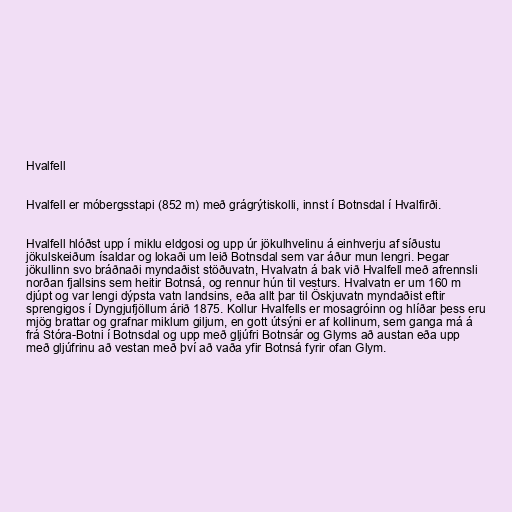
Hvalfell

Hvalfell er móbergsstapi (852 m) með grágrýtiskolli, innst í Botnsdal í Hvalfirði.

Hvalfell hlóðst upp í miklu eldgosi og upp úr jökulhvelinu á einhverju af síðustu
jökulskeiðum ísaldar og lokaði um leið Botnsdal sem var áður mun lengri. Þegar
jökullinn svo bráðnaði myndaðist stöðuvatn, Hvalvatn á bak við Hvalfell með afrennsli
norðan fjallsins sem heitir Botnsá, og rennur hún til vesturs. Hvalvatn er um 160 m
djúpt og var lengi dýpsta vatn landsins, eða allt þar til Öskjuvatn myndaðist eftir
sprengigos í Dyngjufjöllum árið 1875. Kollur Hvalfells er mosagróinn og hlíðar þess eru
mjög brattar og grafnar miklum giljum, en gott útsýni er af kollinum, sem ganga má á
frá Stóra-Botni í Botnsdal og upp með gljúfri Botnsár og Glyms að austan eða upp
með gljúfrinu að vestan með því að vaða yfir Botnsá fyrir ofan Glym.